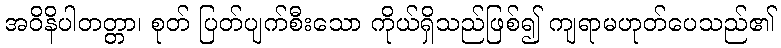
အဝိနိပါတတ္တာ၊ စုတ် ပြတ်ပျက်စီးသော ကိုယ်ရှိသည်ဖြစ်၍ ကျရာမဟုတ်ပေသည်၏